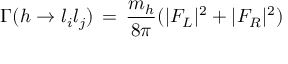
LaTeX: \Gamma ( h \to { l _ { i } l _ { j } } ) \, = \, { \frac { { m _ { h } } } { 8 \pi } } ( | F _ { L } | ^ { 2 } + | F _ { R } | ^ { 2 } )